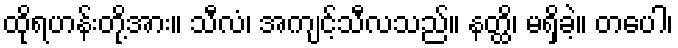
ထိုရဟန်းတို့အား။ သီလံ၊ အကျင့်သီလသည်။ နတ္ထိ၊ မရှိခဲ့။ တပေါ၊